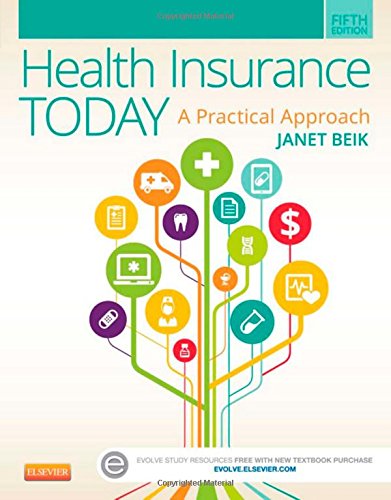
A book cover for Health Insurance Today: A Practical Approach, 5e; Janet I. Beik AA  BA  MEd; Business & Money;